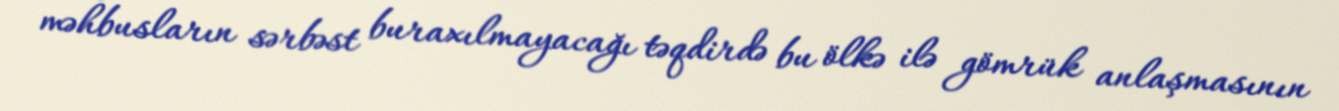
məhbusların sərbəst buraxılmayacağı təqdirdə bu ölkə ilə gömrük anlaşmasının